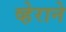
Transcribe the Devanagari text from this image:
व्हेराने